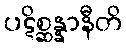
ပဋိစ္ဆန္နာနီတိ